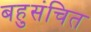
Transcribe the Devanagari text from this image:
बहुसंचित